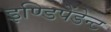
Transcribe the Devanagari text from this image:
इण्डिपेंडेन्ट